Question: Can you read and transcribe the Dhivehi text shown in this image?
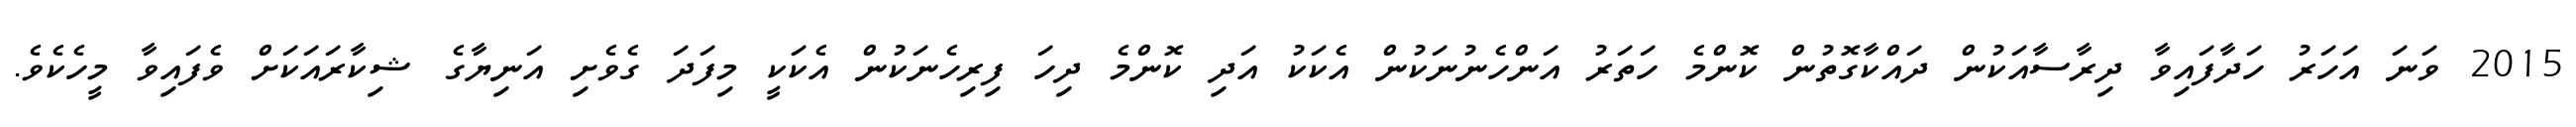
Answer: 2015 ވަނަ އަހަރު ހަދާފައިވާ ދިރާސާއަކުން ދައްކާގޮތުން ކޮންމެ ހަތަރު އަންހެނުނަކުން އެކަކު އަދި ކޮންމެ ދިހަ ފިރިހެނަކުން އެކަކީ މިފަދަ ގެވެށި އަނިޔާގެ ޝިކާރައަކަށް ވެފައިވާ މީހެކެވެ.